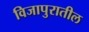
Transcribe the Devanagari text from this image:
विजापुरातील